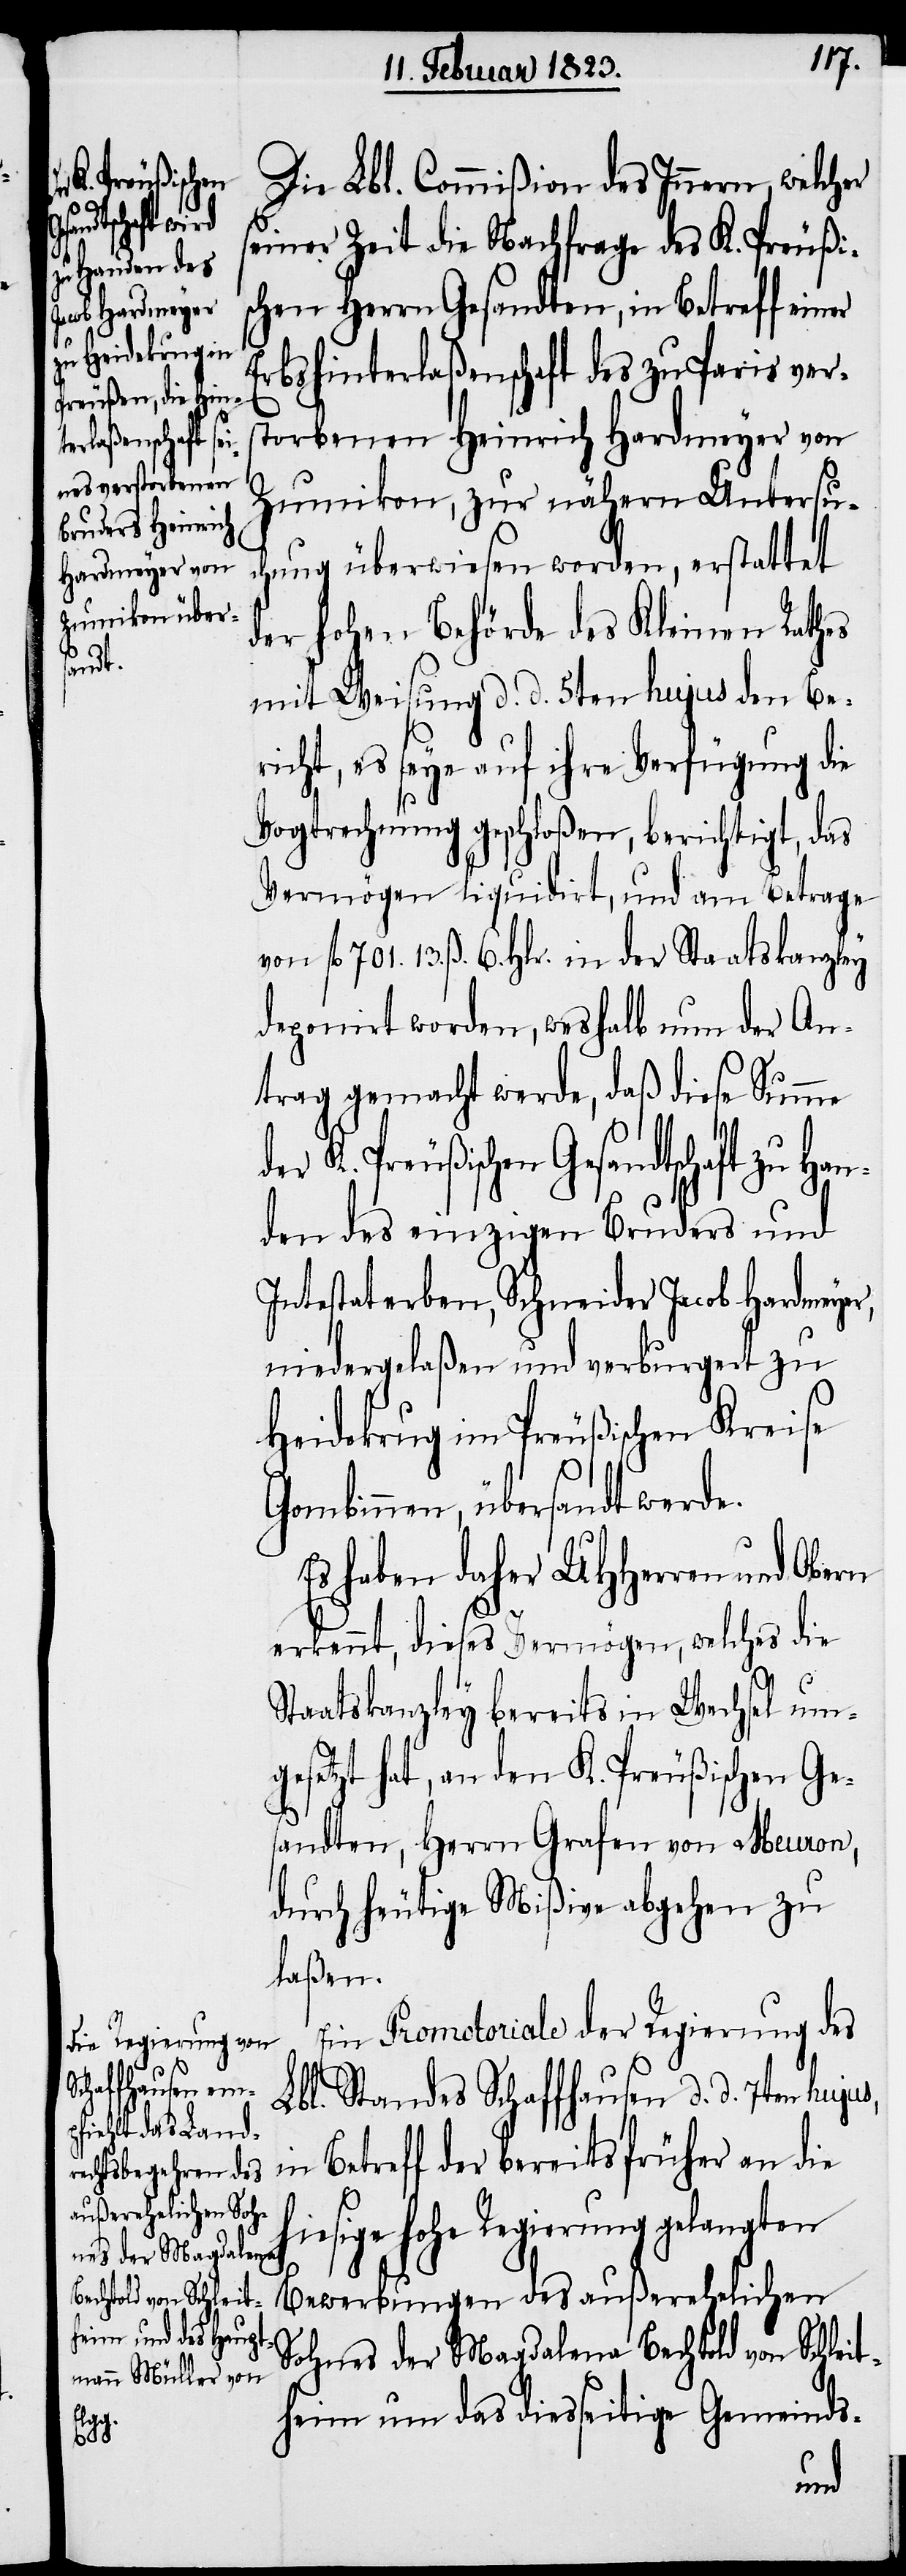
K. Preußischen
Die Lbl. Commißion des Innern, welcher
sandtschaft zu
seiner Zeit die Nachfrage des K. Preußi¬
schen Herrn Gesandten, in Betreff einer
früher an
Erbshinterlaßenschaft des zu Paris vers¬
torbenen Heinrich Hardmeyer von
Zumikon, zur nähern Untersu¬
chung überwiesen worden, erstattet
der hohen Behörde des Kleinen Rathes
mit Weisung d. d. 5ten hujus den Ber¬
icht, es seye auf ihre Verfügung die
Vogtrechnung geschloßen, berichtigt, das
Vermögen liquidirt, und am Betrage
von fl. 701. 13. ß. 6. Hlr. in der Staatskanzley
deponirt worden, weshalb nun der An¬
trag gemacht werde, daß diese Summe
den des einzigen Bruders und
Intestaterben, Schneider Jacob Hardmeye¬
niedergelaßen und verburgert zu
Heidekrug im Preußischen Kreise
Gombinnen, übersandt werde.
Es haben daher UHHerren und Obern
die
erkennt, dieses Vermögen, welches die
Staatskanzley bereits in Wechsel um¬
gesetzt hat, an den K. Preußischen Ge¬
sandten, Herrn Grafen von Meuron,
durch heutige Mißive abgehen zu
laßen.
Ein Promotoriale der Regierung des
Lbl. Standes Schaffhausen d. d. 7ten hujus,
hiesige hohe Regierung gelangten
Bewerbungen des außerehelichen
Sohnes der Magdalena Bechtold von Schleit¬
heim um das diesseitige Gemeinds-
Han¬
in